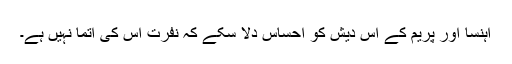
اہنسا اور پریم کے اس دیش کو احساس دلا سکے کہ نفرت اس کی آتما نہیں ہے۔